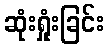
ဆုံးရှုံးခြင်း